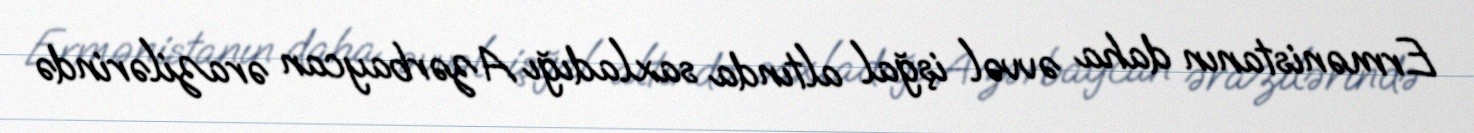
Ermənistanın daha əvvəl işğal altında saxladığı Azərbaycan ərazilərində